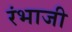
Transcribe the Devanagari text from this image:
रंभाजी